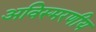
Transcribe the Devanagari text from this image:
अविस्‍मरणीय